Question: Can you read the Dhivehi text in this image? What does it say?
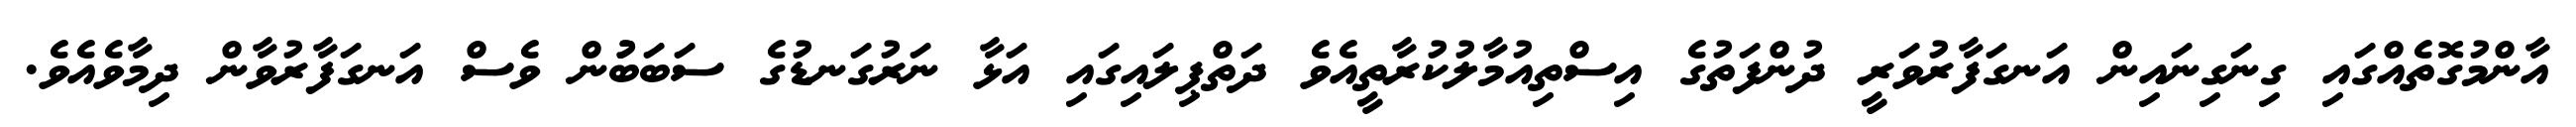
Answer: އާންމުގޮތެއްގައި ގިނަގިނައިން އަނގަފާރުވަރީ ދުންފަތުގެ އިސްތިއުމާލުކުރާތީއެވެ ދަތްޕިލައިގައި އަޅާ ނަރުގަނޑުގެ ސަބަބުުން ވެސް އަނގަފާރުވާން ދިމާވެއެވެ.